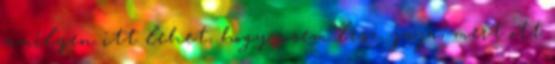
amilyen itt lehet, hogy sosem lesz. jaja, mert ott